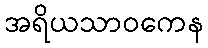
အရိယသာဝကေန